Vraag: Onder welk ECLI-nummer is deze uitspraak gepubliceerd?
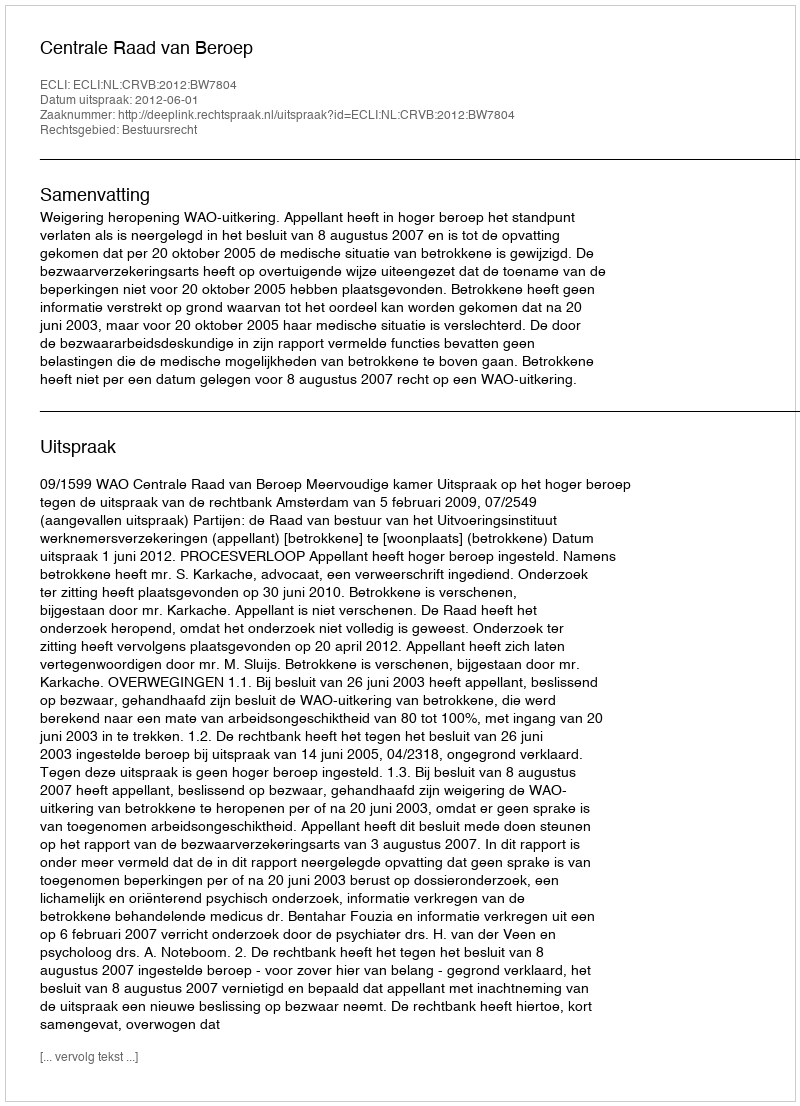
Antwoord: ECLI:NL:CRVB:2012:BW7804